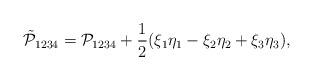
LaTeX: \begin{align*}\tilde{\mathcal P}_{1234} = \mathcal P_{1234} + \frac{1}{2}(\xi_1\eta_1 - \xi_2\eta_2+\xi_3\eta_3),\end{align*}